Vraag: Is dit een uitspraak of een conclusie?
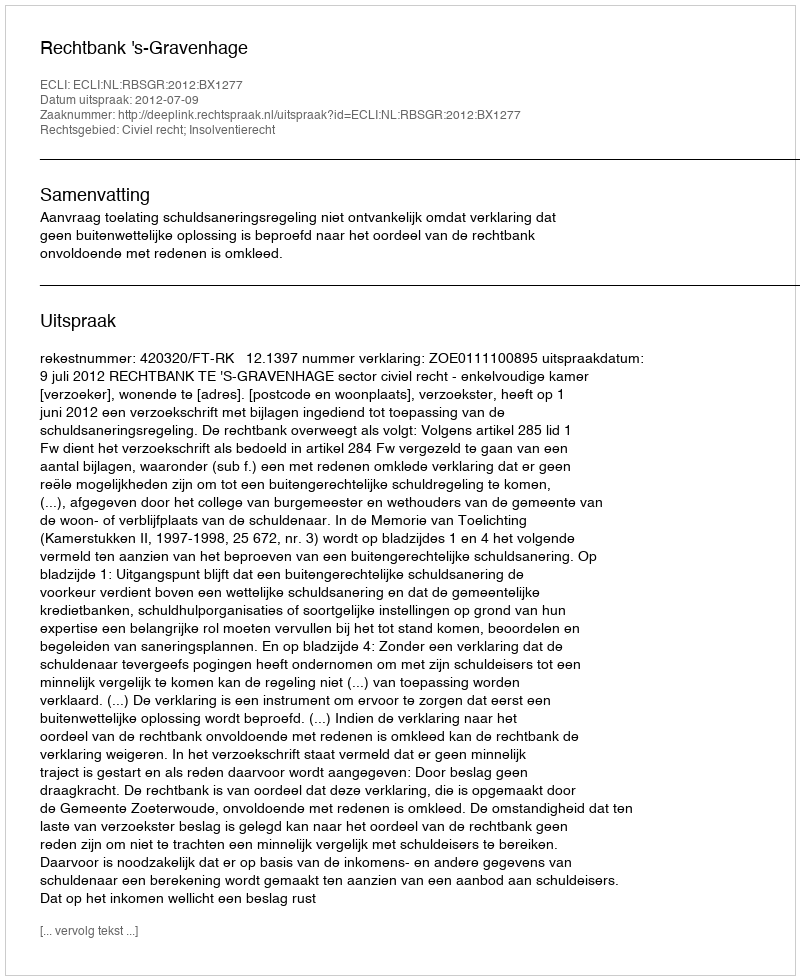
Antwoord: Uitspraak